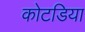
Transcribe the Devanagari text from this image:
कोटडिया